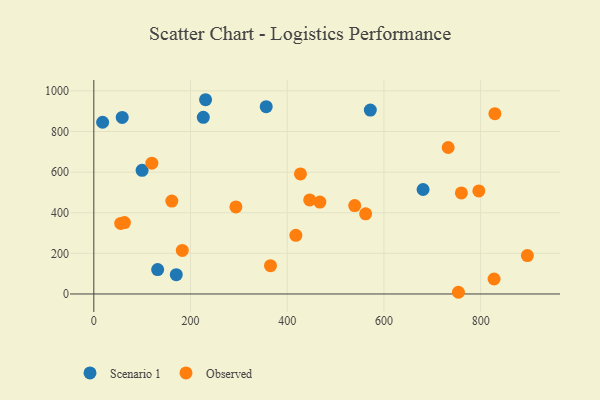
{"axis": {"x": "Speed", "y": "Yield"}, "legend": ["Observed", "Scenario 1"], "data": [{"x": "356.5", "y": 922.3, "type": "Scenario 1"}, {"x": "231.1", "y": 956.4, "type": "Scenario 1"}, {"x": "58.7", "y": 869.3, "type": "Scenario 1"}, {"x": "18.2", "y": 845.6, "type": "Scenario 1"}, {"x": "571.8", "y": 905.4, "type": "Scenario 1"}, {"x": "132.0", "y": 120.0, "type": "Scenario 1"}, {"x": "99.8", "y": 608.8, "type": "Scenario 1"}, {"x": "170.5", "y": 95.2, "type": "Scenario 1"}, {"x": "226.4", "y": 869.6, "type": "Scenario 1"}, {"x": "680.9", "y": 514.5, "type": "Scenario 1"}, {"x": "55.6", "y": 347.6, "type": "Observed"}, {"x": "827.7", "y": 73.7, "type": "Observed"}, {"x": "427.3", "y": 591.1, "type": "Observed"}, {"x": "896.6", "y": 189.2, "type": "Observed"}, {"x": "760.1", "y": 497.4, "type": "Observed"}, {"x": "796.2", "y": 507.6, "type": "Observed"}, {"x": "365.3", "y": 139.4, "type": "Observed"}, {"x": "539.5", "y": 435.4, "type": "Observed"}, {"x": "293.8", "y": 428.8, "type": "Observed"}, {"x": "446.4", "y": 462.9, "type": "Observed"}, {"x": "120.0", "y": 644.2, "type": "Observed"}, {"x": "183.0", "y": 214.5, "type": "Observed"}, {"x": "63.3", "y": 351.7, "type": "Observed"}, {"x": "829.4", "y": 887.7, "type": "Observed"}, {"x": "467.5", "y": 452.5, "type": "Observed"}, {"x": "562.1", "y": 394.5, "type": "Observed"}, {"x": "732.8", "y": 721.1, "type": "Observed"}, {"x": "754.0", "y": 8.4, "type": "Observed"}, {"x": "161.3", "y": 457.5, "type": "Observed"}, {"x": "417.8", "y": 288.6, "type": "Observed"}]}